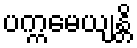
ပက္ကမေယျန္တိ